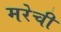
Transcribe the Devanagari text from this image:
मरेची